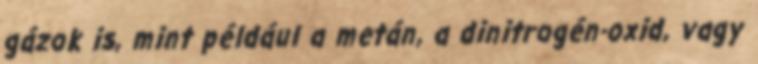
gázok is, mint például a metán, a dinitrogén-oxid, vagy